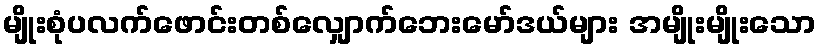
မျိုးစုံပလက်ဖောင်းတစ်လျှောက်ဘေးမော်ဒယ်များ အမျိုးမျိုးသော